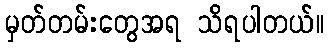
မှတ်တမ်းတွေအရ သိရပါတယ်။